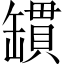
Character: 罆